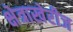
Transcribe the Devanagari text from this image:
क्षेत्राखेरीज